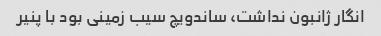
انگار ژانبون نداشت، ساندویچ سیب زمینی بود با پنیر